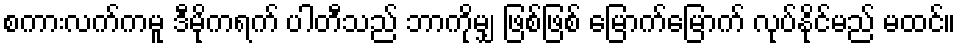
စကားလက်ကမူ ဒီမိုကရက် ပါတီသည် ဘာကိုမျှ ဖြစ်ဖြစ် မြောက်မြောက် လုပ်နိုင်မည် မထင်။